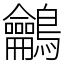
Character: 鸙